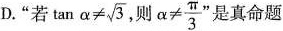
D.”若 $$\tan \alpha \neq \sqrt{3}$$ ，则$$\alpha \neq \frac{ \pi }{3}$$" 是真命题